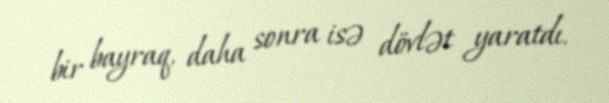
bir bayraq, daha sonra isə dövlət yaratdı.